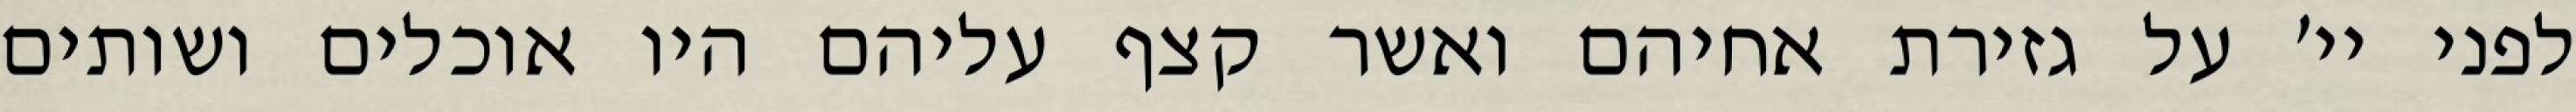
לפני יי׳ על גזירת אחיהם ואשר קצף עליהם היו אוכלים ושותים